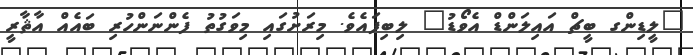
"ލީޑިންގ ބީޗް އައިލަންޑް އެވޯޑު" ލިބިފައެވެ. މިރަށުގައި މިވަގުތު ފެންނަންހުރި ބައެއް އާޘާރީ